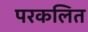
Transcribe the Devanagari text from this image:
परकलित